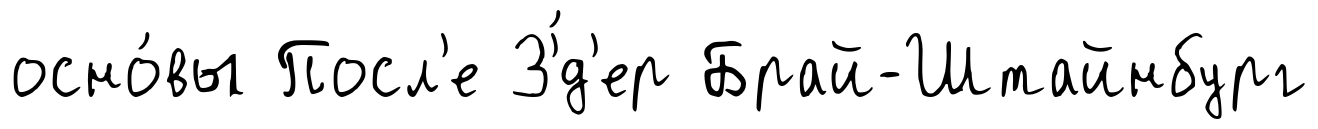
осно́вы Посл'е З'́д'ер Брай-Штайнбург